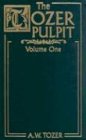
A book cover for The Tozer Pulpit (In Two Volumes): Selections from His Pulpit Ministry; A. W. Tozer; Christian Books & Bibles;